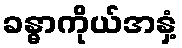
ခန္ဓာကိုယ်အနှံ့